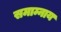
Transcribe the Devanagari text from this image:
समाम्नाय